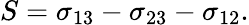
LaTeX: S=\sigma_{13}-\sigma_{23}-\sigma_{12}.